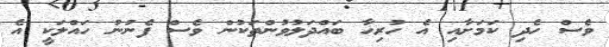
ވެސް ހެދި ކަމަށާއި އެ ހުރިހާ ބައްދަލުވުންތަކުން ވެސް ފެނުނު ހައްލަކީ އެ